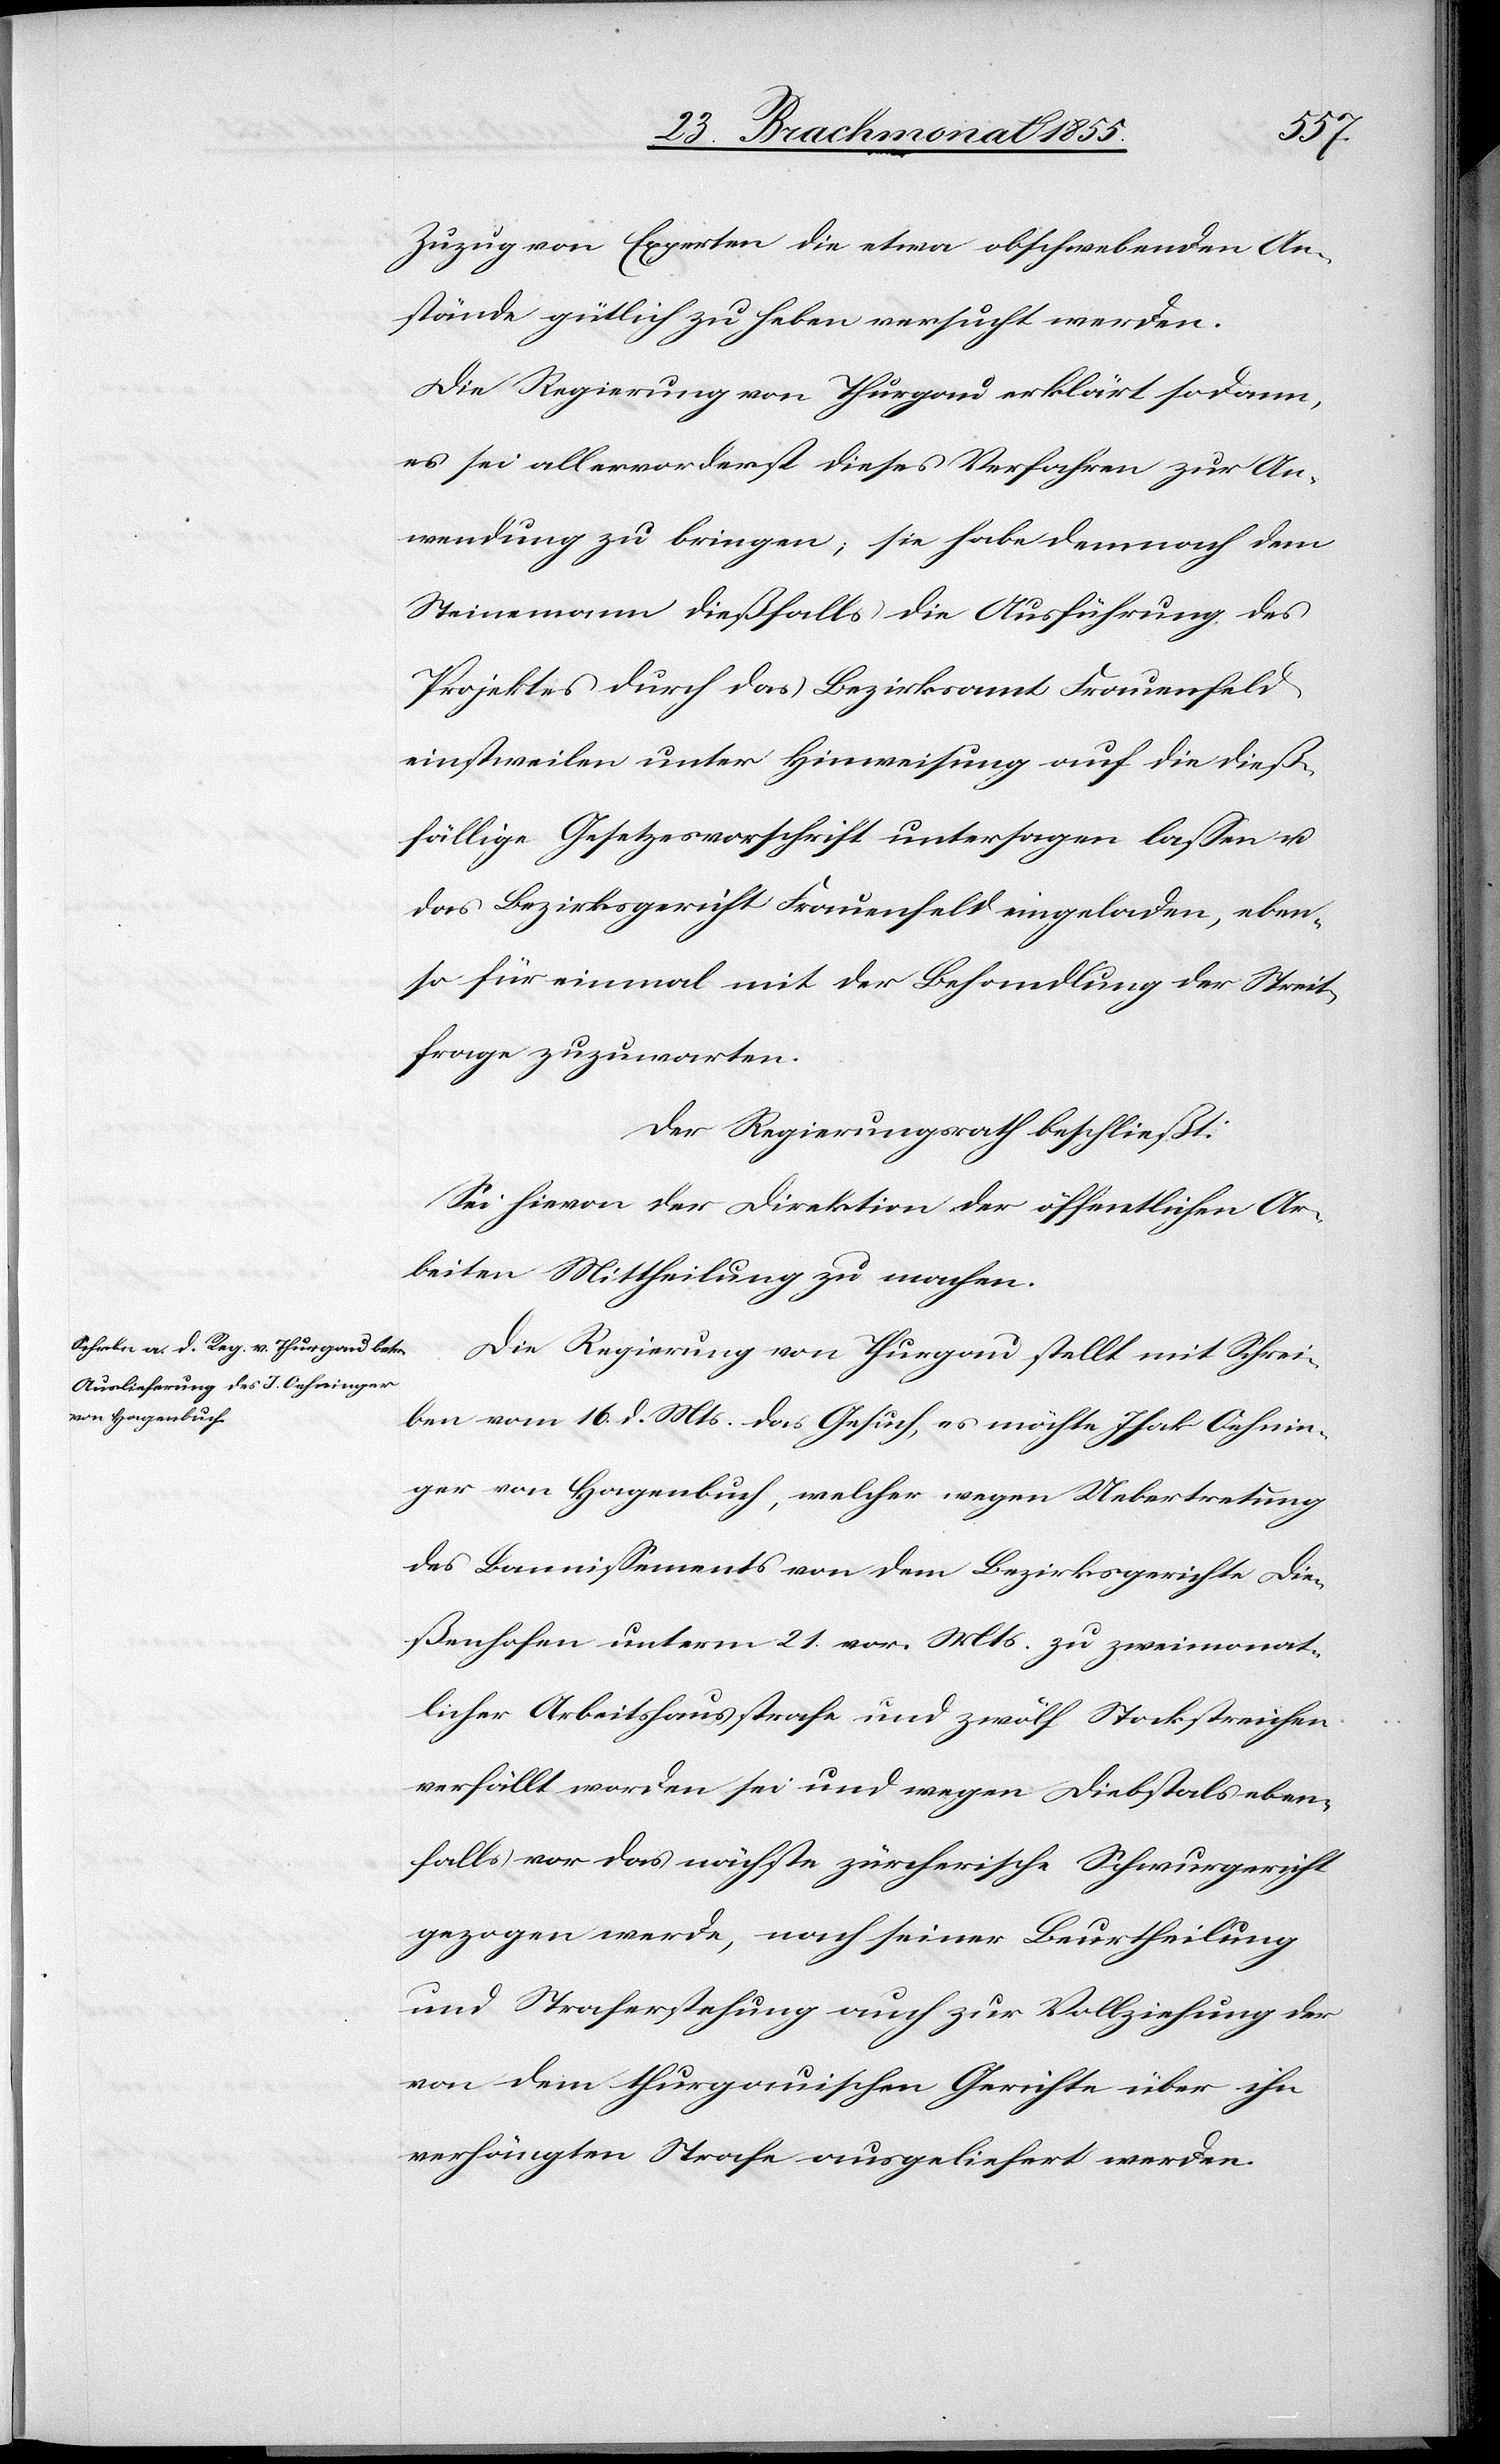
Zuzug von Experten die etwa obschwebenden An¬
stände gütlich zu heben versucht werden.
Die Regierung von Thurgau erklärt sodann,
es sei allervorderst dieses Verfahren zur An¬
wendung zu bringen; sie habe demnach dem
Steinemann dießfalls die Ausführung des
Projektes durch das Bezirksamt Frauenfeld
einstweilen unter Hinweisung auf die dieß¬
fällige Gesetzesvorschrift untersagen lassen u.
das Bezirksgericht Frauenfeld eingeladen, eben¬
so für einmal mit der Behandlung der Streit¬
frage zuzuwarten.
Der Regierungsrath beschließt:
Sei hievon der Direktion der öffentlichen Ar¬
beiten Mittheilung zu machen.
Die Regierung von Thurgau stellt mit Schrei¬
ben vom 16. d. Mts. das Gesuch, es möchte Isak Oehnin¬
ger von Hagenbuch, welcher wegen Uebertretung
des Bannissements von dem Bezirksgerichte Die¬
ßenhofen unterm 21. vor. Mts. zu zweimonat¬
licher Arbeitshausstrafe und zwölf Stockstreichen
verfällt worden sei und wegen Diebstals eben¬
falls vor das nächste zürcherische Schwurgericht
gezogen werde, nach seiner Beurtheilung
und Straferstehung auch zur Vollziehung der
von dem thurgauischen Gerichte über ihn
verhängten Strafe ausgeliefert werden.